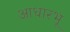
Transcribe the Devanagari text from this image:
आधारभू